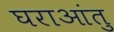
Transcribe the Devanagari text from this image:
घराआंतु